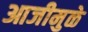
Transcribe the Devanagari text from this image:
आजीमुळे